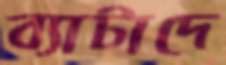
ব্যাটাদে